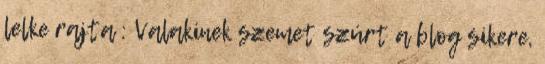
lelke rajta : Valakinek szemet szúrt a blog sikere,